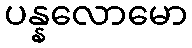
ပန္နလောမော